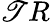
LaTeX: \mathscr{T}R